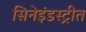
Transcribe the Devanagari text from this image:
सिनेइंडस्ट्रीत